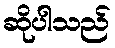
ဆိုပါသည်